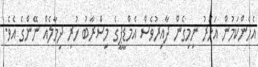
އެހެންކަމުން އަހަރު ނިމިގެން ދާއިރުވެސް އެމްޑީޕީގެ މިސްރާބު ހުރި ދިމާލެއް ނޭންގެ އެވެ.